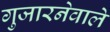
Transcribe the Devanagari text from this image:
गुजारनेवाले